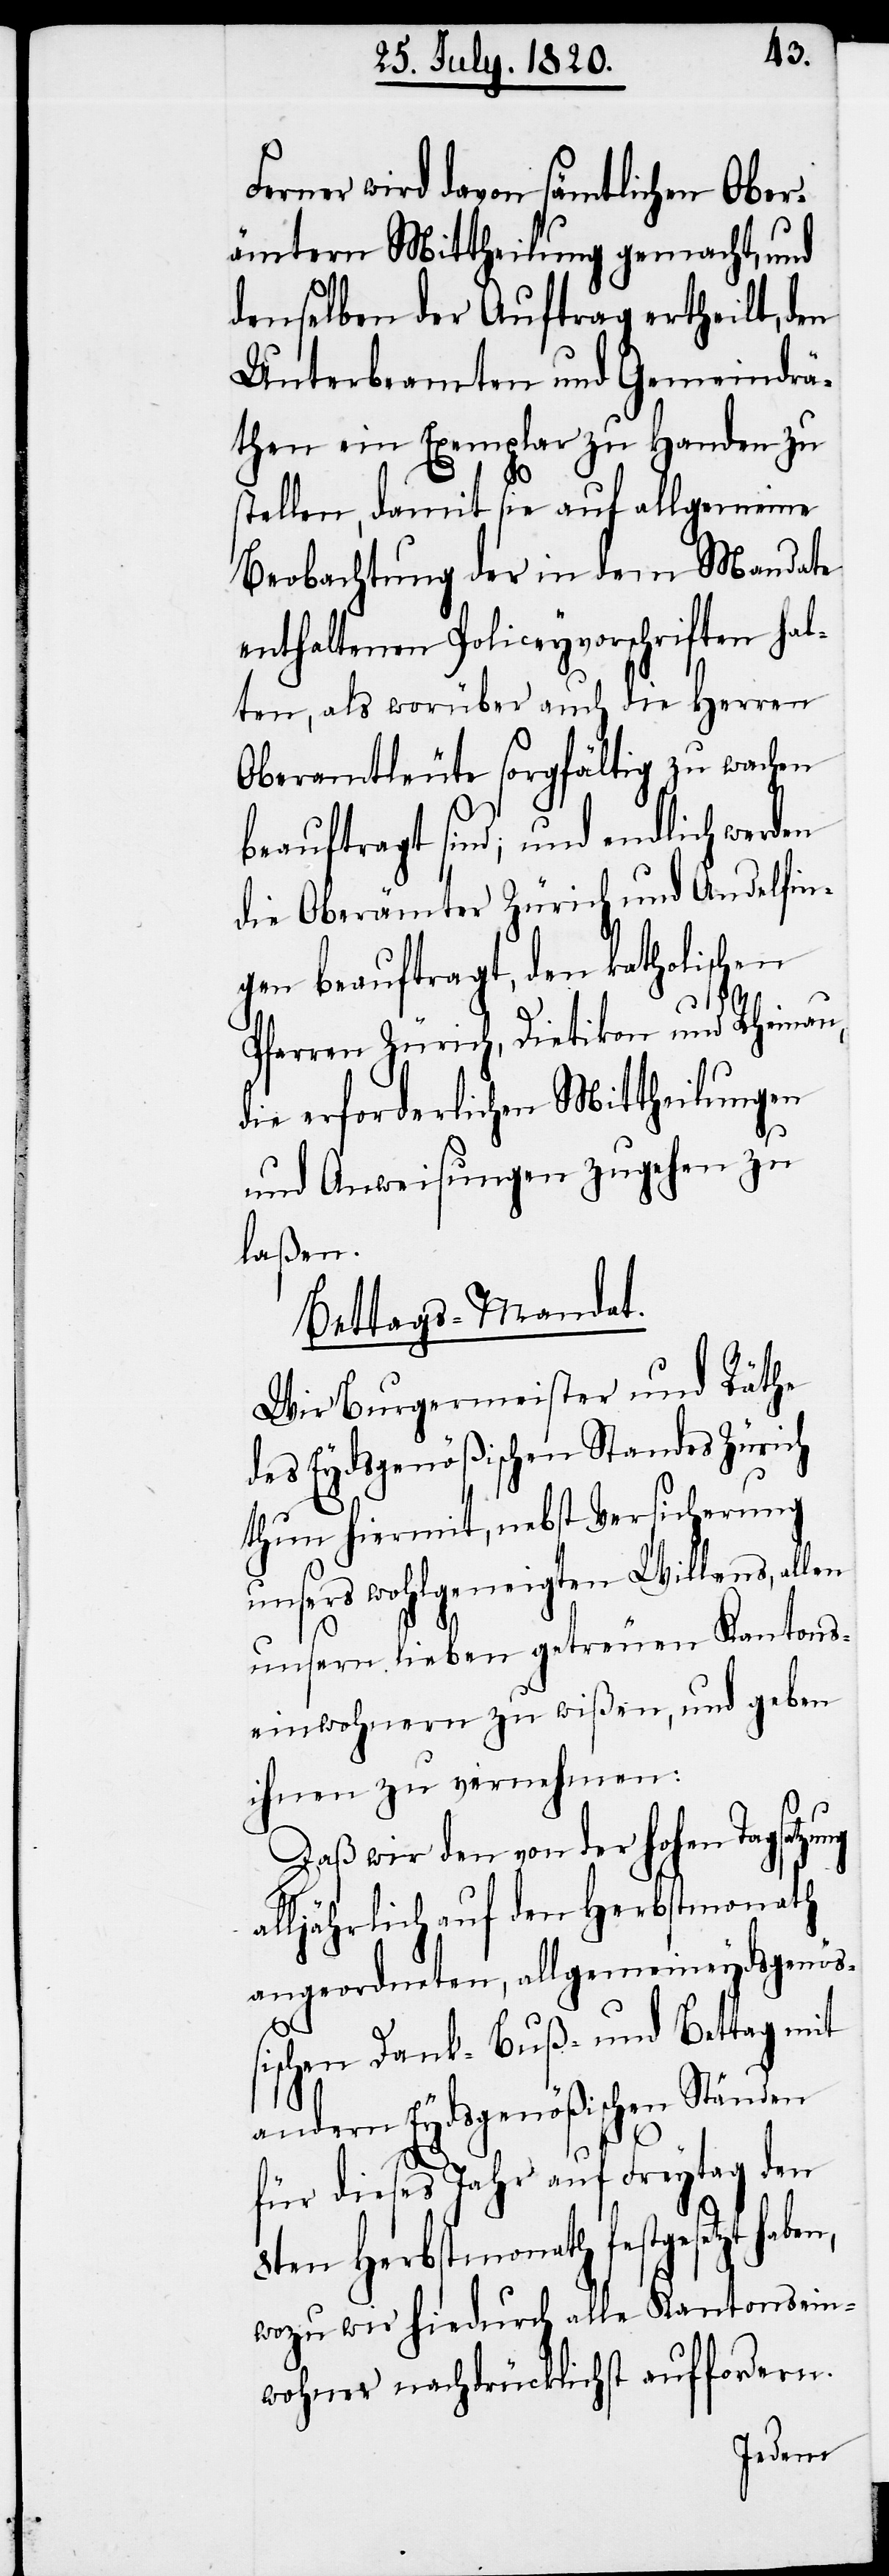
Ferner wird davon sämtlichen Ober¬
ämtern Mittheilung gemacht, und
demselben der Auftrag ertheilt, den
Unterbeamten und Gemeindrä¬
then ein Exemplar zu Handen zu
stellen, damit sie auf allgemeine
Beobachtung der in dem Mandate
enthaltenen Policeyvorschriften hal¬
ten, als worüber auch die Herren
Oberamtleute sorgfältig zu wachen
ng
beauftrag sind; und endlich werden
die Oberämter Zürich und Andelfin¬
gen beauftragt, den katholischen
Pfarren Zürich, Dietikon und Rheinau,
die erforderlichen Mittheilungen
und Anweisungen zugehen zu
laßen.
Bettags-Mandat.
Wir Burgermeister und Räthe
des Eydsgenößischen Standes Zürich
thun hiermit, nebst Versicherung
unsers wohlgeneigten Willens, allen
unsern lieben getreuen Kantons¬
einwohnern zu wißen, und geben
ihnen zu vernehmen:
Daß wir den von der hohen Tagsatz¬
alljährlich auf den Herbstmonath
angeordneten, allgemeineydsgenöß¬
ischen Dank-Buß-und Bettag mit
andern Eydsgenößischen Ständen
für dieses Jahr auf Freytag den
8ten Herbstmonath festgesetzt
wozu wir hiedurch alle Kantonsein¬
wohner nachdrücklichst auffordern.
haben,